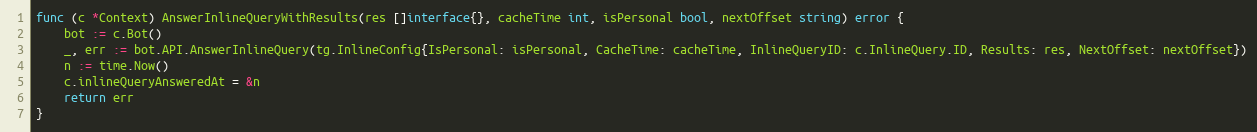
Language: Go
func (c *Context) AnswerInlineQueryWithResults(res []interface{}, cacheTime int, isPersonal bool, nextOffset string) error {
	bot := c.Bot()
	_, err := bot.API.AnswerInlineQuery(tg.InlineConfig{IsPersonal: isPersonal, CacheTime: cacheTime, InlineQueryID: c.InlineQuery.ID, Results: res, NextOffset: nextOffset})
	n := time.Now()
	c.inlineQueryAnsweredAt = &n
	return err
}